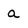
Character: a